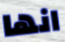
انها